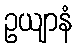
ဥယျာနံ